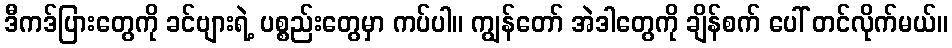
ဒီကဒ်ပြားတွေကို ခင်ဗျားရဲ့ ပစ္စည်းတွေမှာ ကပ်ပါ။ ကျွန်တော် အဲဒါတွေကို ချိန်စက် ပေါ် တင်လိုက်မယ်။